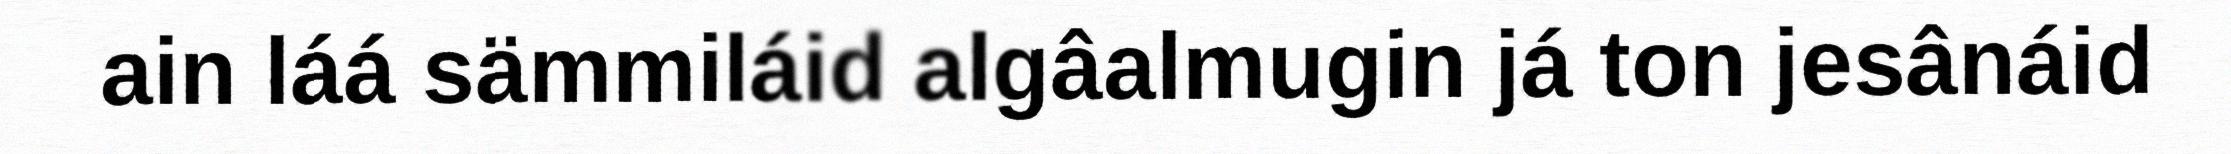
ain láá sämmiláid algâalmugin já ton jesânáid